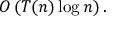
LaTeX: O \left( T ( n ) \log n \right) .